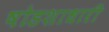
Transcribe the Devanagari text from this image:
षोडशाधारी